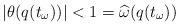
LaTeX: \begin{align*}|\theta(q(t_\omega))|<1=\widehat \omega(q(t_\omega))\end{align*}